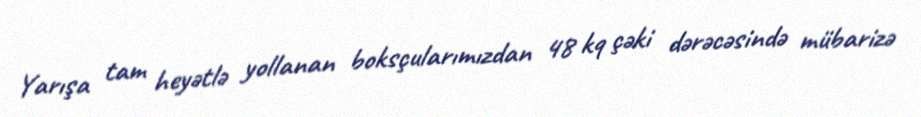
Yarışa tam heyətlə yollanan boksçularımızdan 48 kq çəki dərəcəsində mübarizə